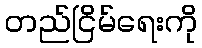
တည်ငြိမ်ရေးကို